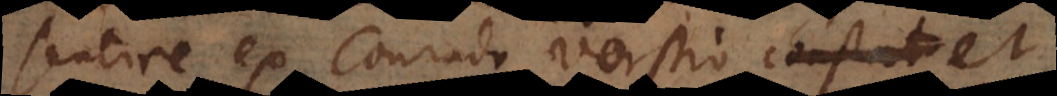
sentire ex Conrado Vorstio et